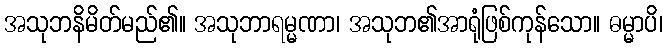
အသုဘနိမိတ်မည်၏။ အသုဘာရမ္မဏာ၊ အသုဘ၏အာရုံဖြစ်ကုန်သော။ ဓမ္မာပိ၊